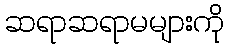
ဆရာဆရာမများကို